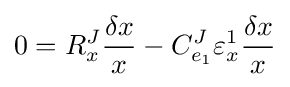
0=R_{x}^{J}{\frac {\delta x}{x}}-C_{e_{1}}^{J}\varepsilon _{x}^{1}{\frac {\delta x}{x}}